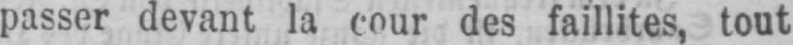
passer devant la cour des faillites, tout